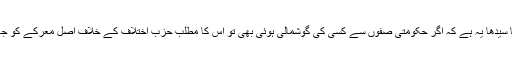
اس کا مطلب سیدھا سیدھا یہ ہے کہ اگر حکومتی صفوں سے کسی کی گوشمالی ہوئی بھی تو اس کا مطلب حزب اختلاف کے خلاف اصل معرکے کو جائز قرار دینا ہو گا۔